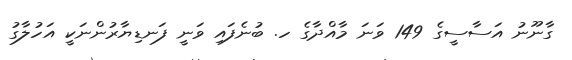
ގާނޫނު އަސާސީގެ 149 ވަނަ މާއްދާގެ ހ. ބުނެފައި ވަނީ ފަނޑިޔާރުންނަކީ އަހުލާގު